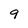
Character: 9